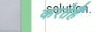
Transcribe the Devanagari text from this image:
करतेहैं